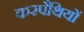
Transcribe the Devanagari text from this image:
करपैथियों